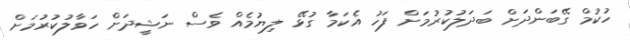
ހުކުމް ގޭބަންދަށް ބަދަލުކުރުމަށް ފަހު އެކަމާ ގުޅޭ ލިޔުމެއް ވެސް ނަޝީދަށް ހަވާލުކުރުމަށް